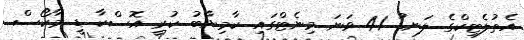
އެތުލެޓިކްގެ ލަނޑު 41 ވަނަ މިނެޓްގައި ކާމިޔާބު ކުރީ އޮސްކާ ޑީ މާކޯސް